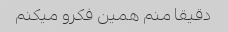
دقیقا منم همین فکرو میکنم